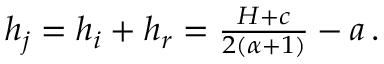
\begin{array} { r } { h _ { j } = h _ { i } + h _ { r } = \frac { H + c } { 2 ( \alpha + 1 ) } - a \, . } \end{array}